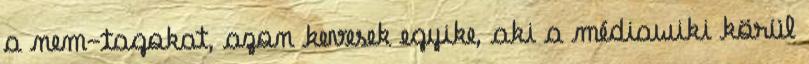
a nem-tagokat, azon kevesek egyike, aki a médiawiki körül